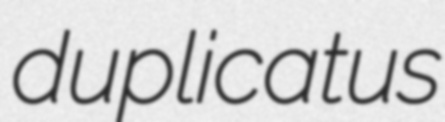
duplicatus